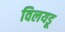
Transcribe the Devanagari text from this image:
विलयडू